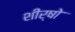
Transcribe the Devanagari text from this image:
शीर्षोॱ